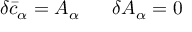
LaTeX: \delta { \bar { c } } _ { \alpha } = A _ { \alpha } \; \; \; \; \; \; \delta A _ { \alpha } = 0